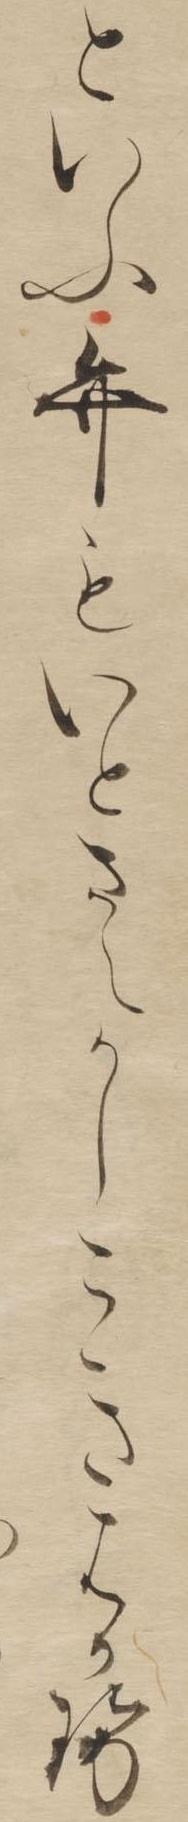
といふ弁もいとさえかしこきはかせ